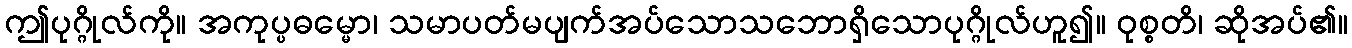
ဤပုဂ္ဂိုလ်ကို။ အကုပ္ပဓမ္မော၊ သမာပတ်မပျက်အပ်သောသဘောရှိသောပုဂ္ဂိုလ်ဟူ၍။ ဝုစ္စတိ၊ ဆိုအပ်၏။